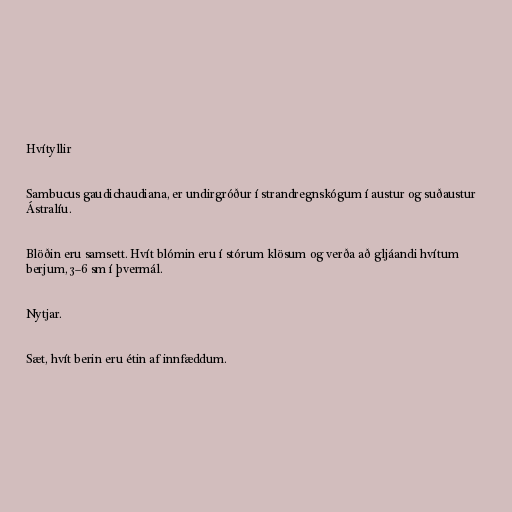
Hvítyllir

Sambucus gaudichaudiana, er undirgróður í strandregnskógum í austur og suðaustur
Ástralíu.

Blöðin eru samsett. Hvít blómin eru í stórum klösum og verða að gljáandi hvítum
berjum, 3–6 sm í þvermál.

Nytjar.

Sæt, hvít berin eru étin af innfæddum.